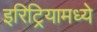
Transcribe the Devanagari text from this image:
इरिट्रियामध्ये